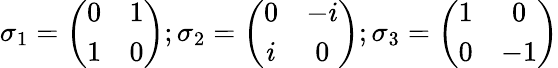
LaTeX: \sigma_{1}=\left(\begin{array}{cc}{{0}}&{{1}}\\ {{1}}&{{0}}\end{array}\right);\sigma_{2}=\left(\begin{array}{cc}{{0}}&{{-i}}\\ {{i}}&{{0}}\end{array}\right);\sigma_{3}=\left(\begin{array}{cc}{{1}}&{{0}}\\ {{0}}&{{-1}}\end{array}\right)